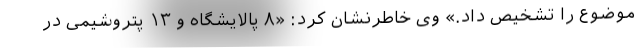
موضوع را تشخیص داد.» وی خاطرنشان کرد: «۸ پالایشگاه و ۱۳ پتروشیمی در